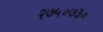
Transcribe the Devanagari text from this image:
२७५०७३०